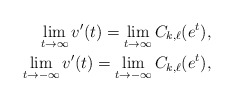
\begin{align*}\lim_{t\to\infty}v'(t)=\lim_{t\to\infty}C_{k,\ell}(e^t),\\\lim_{t\to-\infty}v'(t)=\lim_{t\to-\infty}C_{k,\ell}(e^t),\\\end{align*}